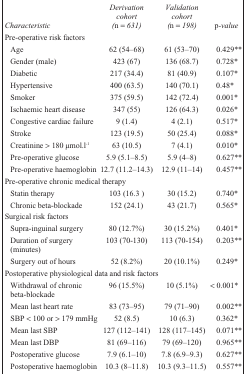
<table><thead><tr><td><b><i>Characteristic</i></b></td><td><b><i>Derivation cohort (n = 631)</i></b></td><td><b><i>Validation cohort (n = 198)</i></b></td><td><b>p<i>-value</i></b></td></tr></thead><tbody><tr><td colspan="4">Pre-operative risk factors</td></tr><tr><td>Age</td><td>62 (54–68)</td><td>61 (53–70)</td><td>0.429**</td></tr><tr><td>Gender (male)</td><td>423 (67)</td><td>136 (68.7)</td><td>0.728*</td></tr><tr><td>Diabetic</td><td>217 (34.4)</td><td>81 (40.9)</td><td>0.107*</td></tr><tr><td>Hypertensive</td><td>400 (63.5)</td><td>140 (70.1)</td><td>0.48*</td></tr><tr><td>Smoker</td><td>375 (59.5)</td><td>142 (72.4)</td><td>0.001*</td></tr><tr><td>Ischaemic heart disease</td><td>347 (55)</td><td>126 (64.3)</td><td>0.026*</td></tr><tr><td>Congestive cardiac failure</td><td>9 (1.4)</td><td>4 (2.1)</td><td>0.517*</td></tr><tr><td>Stroke</td><td>123 (19.5)</td><td>50 (25.4)</td><td>0.088*</td></tr><tr><td>Creatinine &gt; 180 μmol.l<sup>-1</sup></td><td>63 (10.5)</td><td>7 (4.1)</td><td>0.010*</td></tr><tr><td>Pre-operative glucose</td><td>5.9 (5.1–8.5)</td><td>5.9 (4–8)</td><td>0.627**</td></tr><tr><td>Pre-operative haemoglobin</td><td>12.7 (11.2–14.3)</td><td>12.9 (11–14)</td><td>0.457**</td></tr><tr><td colspan="4">Pre-operative chronic medical therapy</td></tr><tr><td>Statin therapy</td><td>103 (16.3 )</td><td>30 (15.2)</td><td>0.740*</td></tr><tr><td>Chronic beta-blockade</td><td>152 (24.1)</td><td>43 (21.7)</td><td>0.565*</td></tr><tr><td colspan="4">Surgical risk factors</td></tr><tr><td>Supra-inguinal surgery</td><td>80 (12.7%)</td><td>30 (15.2%)</td><td>0.401*</td></tr><tr><td>Duration of surgery (minutes)</td><td>103 (70-130)</td><td>113 (70-154)</td><td>0.203**</td></tr><tr><td>Surgery out of hours</td><td>52 (8.2%)</td><td>20 (10.1%)</td><td>0.249*</td></tr><tr><td colspan="4">Postoperative physiological data and risk factors</td></tr><tr><td>Withdrawal of chronic beta-blockade</td><td>96 (15.5%)</td><td>10 (5.1%)</td><td>&lt; 0.001*</td></tr><tr><td>Mean last heart rate</td><td>83 (73–95)</td><td>79 (71–90)</td><td>0.002**</td></tr><tr><td>SBP &lt; 100 or &gt; 179 mmHg</td><td>52 (8.5)</td><td>10 (6.3)</td><td>0.362*</td></tr><tr><td>Mean last SBP</td><td>127 (112–141)</td><td>128 (117–145)</td><td>0.071**</td></tr><tr><td>Mean last DBP</td><td>81 (69–116)</td><td>79 (69–120)</td><td>0.965**</td></tr><tr><td>Postoperative glucose</td><td>7.9 (6.1–10)</td><td>7.8 (6.9–9.3)</td><td>0.627**</td></tr><tr><td>Postoperative haemoglobin</td><td>10.3 (8–11.8)</td><td>10.3 (9.3–11.5)</td><td>0.557**</td></tr></tbody></table>